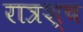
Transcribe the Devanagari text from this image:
रात्रश्च